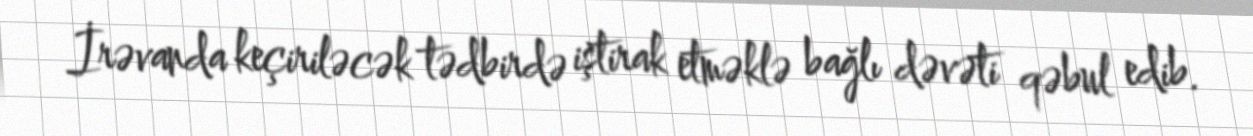
İrəvanda keçiriləcək tədbirdə iştirak etməklə bağlı dəvəti qəbul edib.